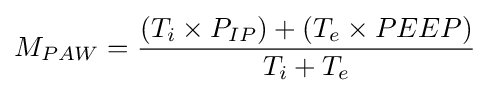
M_{PAW}={\frac {(T_{i}\times P_{IP})+(T_{e}\times PEEP)}{T_{i}+T_{e}}}